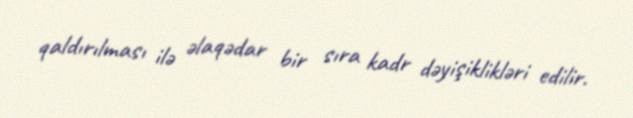
qaldırılması ilə əlaqədar bir sıra kadr dəyişiklikləri edilir.